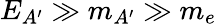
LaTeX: E_{A^{\prime}}\gg m_{A^{\prime}}\gg m_{e}